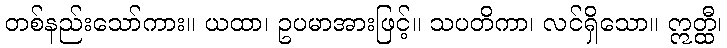
တစ်နည်းသော်ကား။ ယထာ၊ ဥပမာအားဖြင့်။ သပတိကာ၊ လင်ရှိသော။ ဣတ္ထီ၊